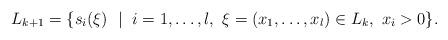
LaTeX: \begin{align*} L_{k+1} = \{ s_i(\xi) ~\mid~ i = 1,\dots, l, ~\xi = (x_1,\dots, x_l) \in L_k, ~x_i > 0 \}.\end{align*}